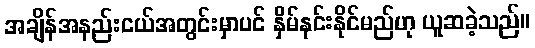
အချိန်အနည်းငယ်အတွင်းမှာပင် နှိမ်နင်းနိုင်မည်ဟု ယူဆခဲ့သည်။